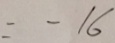
= - 1 6